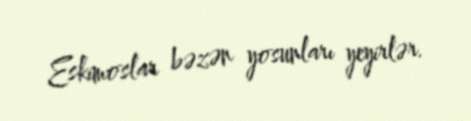
Eskimoslar bəzən yosunları yeyirlər.